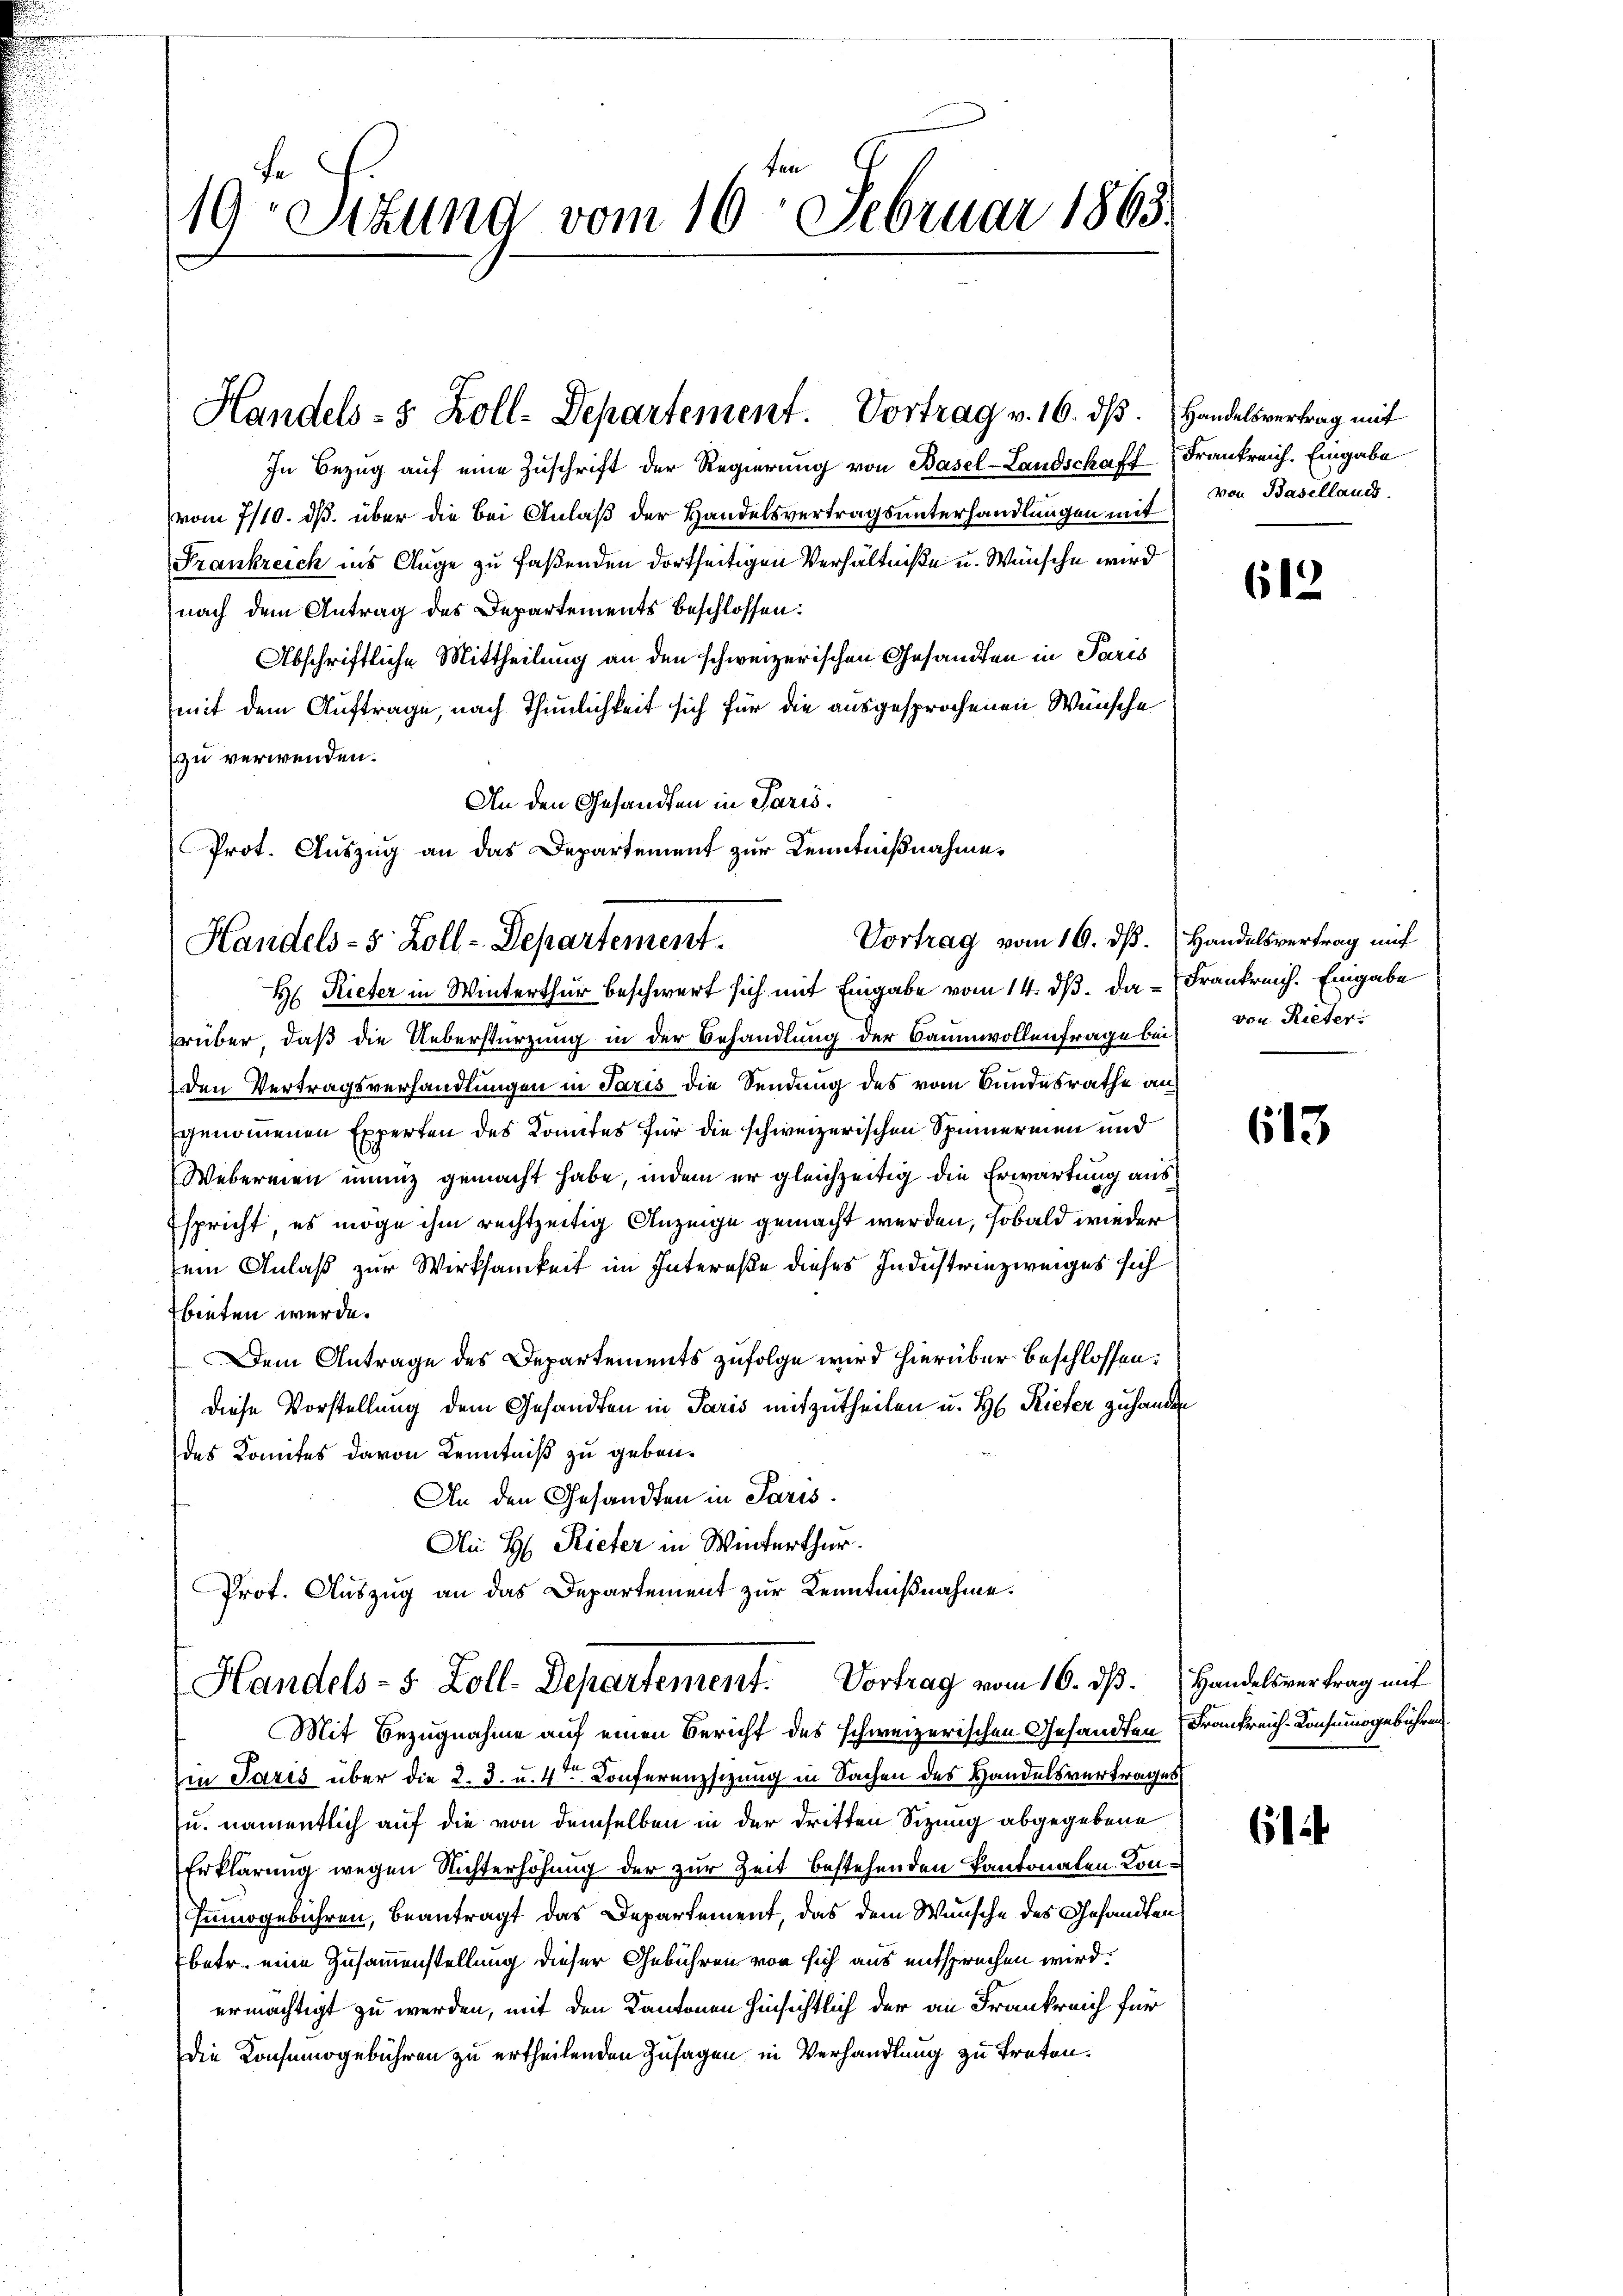
19 Stund vom 16. Februar 1863.

Handels- 5 Zoll-Departement. Vortrag v. 16. dß. Handelsvertrag mit

In Bezug auf eine Zuschrift der Regierung von Basel-Landschaft Frankreich. Eingabe
vom 7/10. ds. über die bei Anlaß der Handelsvertragsunterhandlungen mit
Frankreich ins Auge zu faßenden dortseitigen Verhältniße u. Wünsche wird
nach dem Antrag des Departements beschlossen:
Abschriftliche Mittheilung an den schweizerischen Gesandten in Paris
mit dem Auftrage, nach Thunlichkeit sich für die ausgesprochenen Wünsche
zu verwenden.
An den Gesandten in Paris
Prot. Auszug an das Departement zur Kenntnißnahme.

Vortrag vom 19. dß. Handelsvertrag mit
Handels- 5 Zoll-Departement.
H. Rieter in Winterthur beschwert sich mit Eingabe vom 14. ds. da Frankreich. Eingabe

Handels- 5. Zoll-Departement. Vortrag vom 16. ds. Handelsvertrag mit
Mit Bezugnahme auf einen Bericht des schweizerischen Gesandten Frankreich-Konsumsgebühren

von Basellaues

rüber, daß die Ueberstürzung in der Behandlung der Baumwollenfrage bei
den Vertragsverhandlungen in Paris die Sendung des vom Bundesrathe an
genommenen Experten des Kontes für die schweizerischen Spinnermen und
Webermen unmiz gemacht habe, indem er gleichzeitig die Erwartung aus
Espricht, es möge ihm rechtzeitig Anzeige gemacht werden, sobald wieder
sem Anlaß zur Wirksamkeit im Intereße dieses Industriezweiges sich
bieten wurde.
Dem Antrage des Departements zufolge wird hierüber beschlossen:
diese Vorstellung dem Gesandten in Paris mitzutheilen u. H. Rieter zu handen
des Komites davon Kenntniß zu geben.
An den Gesandten in Paris.
Ai H. Rieter in Winterthur.
Prot. Auszug an das Departement zur Kenntnißnahme.

in Paris über die 2. 3. u. 4ten Conferenzsizung in Sachen des Handelsvertrages
u. namentlich auf die von demselben in der dritten Sizung abgegebene
Erklärung wegen Richterhöhung der zur Zeit bestehenden Kantonaten Kon¬
Fumogebühren, beantragt das Departement, das dem Wunsche des Gesandtens
betr. eine Zusammenstellung dieser Gebühren von sich aus entsprechen wird.
ermächtigt zu werden, mit den Kantonen hinsichtlich der an Frankreich für
Die Konsumogebühren zu ertheilenden Zusagen in Verhandlung zu treten.

613

von Rieter.

613

61